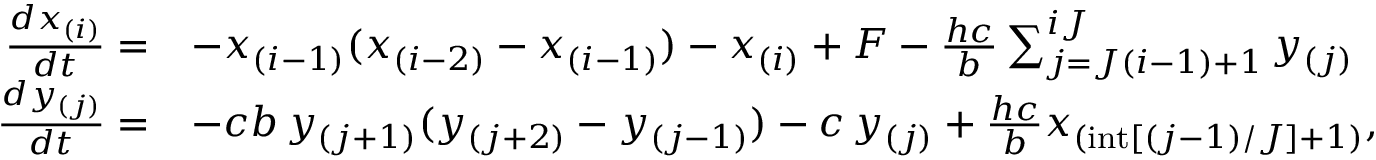
\begin{array} { r l } { \frac { d x _ { ( i ) } } { d t } = } & { - x _ { ( i - 1 ) } ( x _ { ( i - 2 ) } - x _ { ( i - 1 ) } ) - x _ { ( i ) } + F - \frac { h c } { b } \sum _ { j = J ( i - 1 ) + 1 } ^ { i J } y _ { ( j ) } } \\ { \frac { d y _ { ( j ) } } { d t } = } & { - c b \, y _ { ( j + 1 ) } ( y _ { ( j + 2 ) } - y _ { ( j - 1 ) } ) - c \, y _ { ( j ) } + \frac { h c } { b } x _ { ( \mathrm { i n t } [ ( j - 1 ) / J ] + 1 ) } , } \end{array}